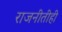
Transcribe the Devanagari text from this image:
राजनीतीही